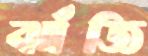
ঝাঁজি